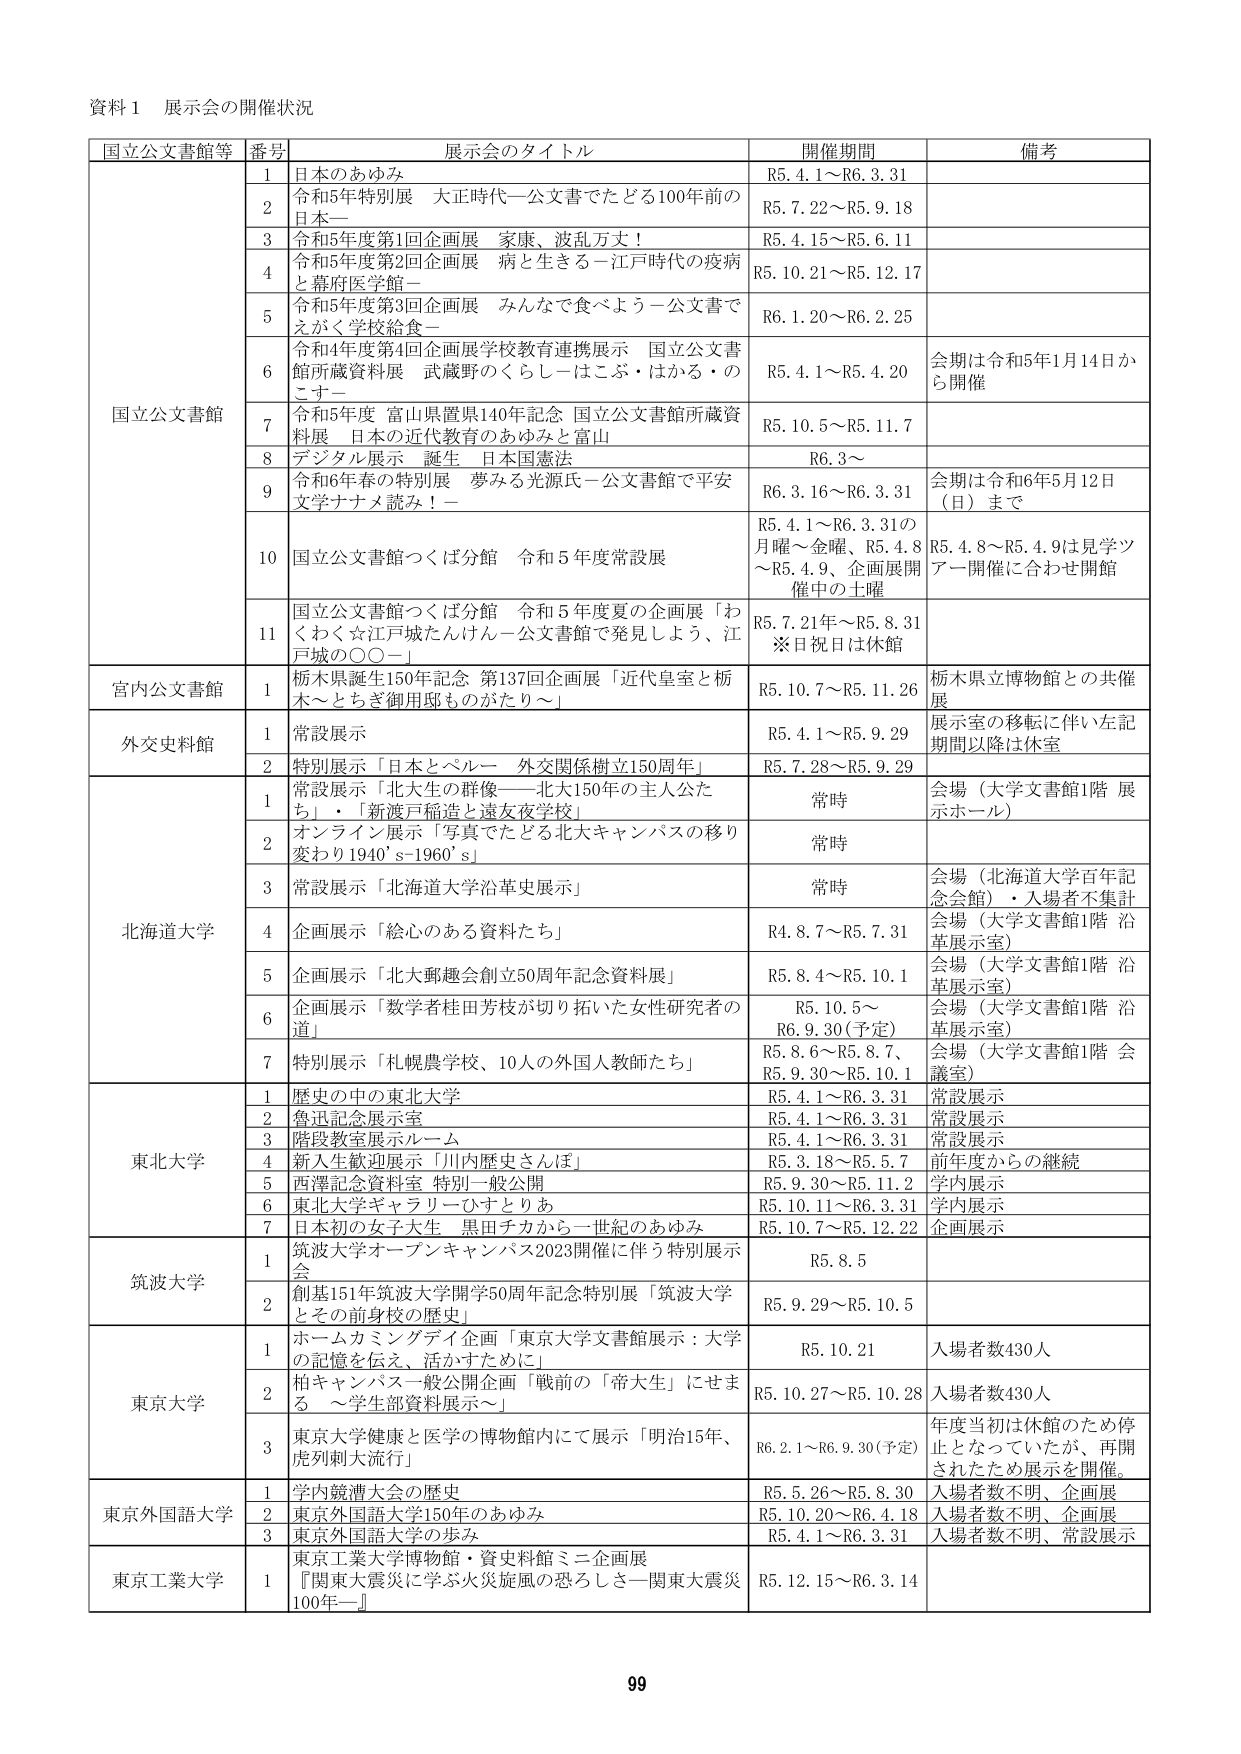
資料１ 展示会の開催状況

国立公文書館等 番号 展示会のタイトル 開催期間 備考

国立公文書館
1 日本のあゆみ R5.4.1～R6.3.31
2 令和5年特別展 大正時代―公文書でたどる100年前の日本― R5.7.22～R5.9.18
3 令和5年度第1回企画展 家康、波乱万丈！ R5.4.15～R5.6.11
4 令和5年度第2回企画展 病と生きる－江戸時代の疫病と幕府医学館－ R5.10.21～R5.12.17
5 令和5年度第3回企画展 みんなで食べよう－公文書でえがく学校給食－ R6.1.20～R6.2.25
6 令和4年度第4回企画展学校教育連携展示 国立公文書館所蔵資料展 武蔵野のくらし－はこぶ・はかる・のこす－ R5.4.1～R5.4.20 会期は令和5年1月14日から開催
7 令和4年度 富山県置県140年記念 国立公文書館所蔵資料展 日本の近代教育のあゆみと富山 R5.10.5～R5.11.7
8 デジタル展示 誕生 日本国憲法 R6.3～
9 令和6年春の特別展 夢みる光源氏－公文書館で平安文学ナナメ読み！－ R6.3.16～R6.3.31 会期は令和6年5月12日（日）まで
10 国立公文書館つくば分館 令和5年度常設展 R5.4.1～R6.3.31の月曜～金曜、R5.4.8～R5.4.9、企画展開催中の土曜 R5.4.8～R5.4.9は見学ツアー開催に合わせ閉館
11 国立公文書館つくば分館 令和5年度夏の企画展「わくわく☆江戸城たんけん－公文書館で発見しよう、江戸城の〇〇－」 R5.7.21～R5.8.31 ※日祝日は休館

宮内公文書館
1 栃木県誕生150年記念 第137回企画展「近代皇室と栃木－とちぎ御用邸ものがたり～」 R5.10.7～R5.11.26 栃木県立博物館との共催展

外交史料館
1 常設展示 R5.4.1～R5.9.29 展示室の移転に伴い左記期間以降は休室
2 特別展示「日本とペルー 外交関係樹立150周年」 R5.7.28～R5.9.29

北海道大学
1 常設展示「北大生の群像――北大150年の主人公たち」・「新渡戸稲造と逹友夜学校」 常時 会場（大学文書館1階 展示ホール）
2 オンライン展示「写真でたどる北大キャンパスの移り変わり1940’s-1960’s」 常時
3 常設展示「北海道大学沿革史展示」 常時 会場（北海道大学百年記念会館）・入場者不集計
4 企画展示「絵心のある資料たち」 R4.8.7～R5.7.31 会場（大学文書館1階 沿革展示室）
5 企画展示「北大郵趣会創立50周年記念資料展」 R5.8.4～R5.10.1 会場（大学文書館1階 沿革展示室）
6 企画展示「数学者桂田芳枝が切り拓いた女性研究者の道」 R5.10.5～R6.9.30（予定） 会場（大学文書館1階 沿革展示室）
7 特別展示「札幌農学校、10人の外国人教師たち」 R5.8.6～R5.8.7、R5.9.30～R5.10.1 会場（大学文書館1階 会議室）

東北大学
1 歴史の中の東北大学 R5.4.1～R6.3.31 常設展示
2 魯迅記念展示室 R5.4.1～R6.3.31 常設展示
3 階段教室展示ルーム R5.4.1～R6.3.31 常設展示
4 新入生歓迎展示「川内歴史さんぽ」 R5.3.18～R5.5.7 前年度からの継続
5 西澤記念資料室 特別一般公開 R5.9.30～R5.11.2 学内展示
6 東北大学ギャラリーひすとりあ R5.10.11～R6.3.31 学内展示
7 日本初の女子大生 黒田チカから一世紀のあゆみ R5.10.7～R5.12.22 企画展示

筑波大学
1 筑波大学オープンキャンパス2023開催に伴う特別展示会 R5.8.5
2 創基151年筑波大学開学50周年記念特別展「筑波大学とその前身校の歴史」 R5.9.29～R5.10.5

東京大学
1 ホームカミングデイ企画「東京大学文書館展示：大学の記憶を伝え、活かすために」 R5.10.21 入場者数430人
2 柏キャンパス一般公開企画「戦前の「帝大生」にせまる ～学生部資料展示～」 R5.10.27～R5.10.28 入場者数430人
3 東京大学健康と医学の博物館内にて展示「明治15年、虎列剌大流行」 R6.2.1～R6.9.30（予定） 年度当初は休館のため停止となっていたが、再開されたため展示を開催。

東京外国語大学
1 学内競漕大会の歴史 R5.5.26～R5.8.30 入場者数不明、企画展
2 東京外国語大学150年のあゆみ R5.10.20～R6.4.18 入場者数不明、企画展
3 東京外国語大学の歩み R5.4.1～R6.3.31 入場者数不明、常設展示

東京工業大学
1 東京工業大学博物館・資史料館ミニ企画展「関東大震災に学ぶ火災旋風の恐ろしさ－関東大震災100年－」 R5.12.15～R6.3.14

99